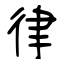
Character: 律